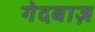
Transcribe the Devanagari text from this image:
गेदबाज़